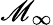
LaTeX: \mathscr{M}_{\infty}